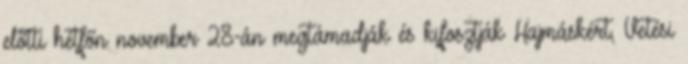
előtti hétfőn november 28-án megtámadják és kifosztják Hajmáskért, Vetési